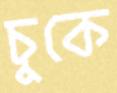
চুকে